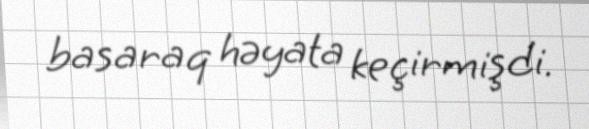
basaraq həyata keçirmişdi.